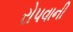
રોપવાની